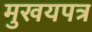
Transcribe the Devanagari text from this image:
मुखयपत्र